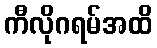
ကီလိုဂရမ်အထိ